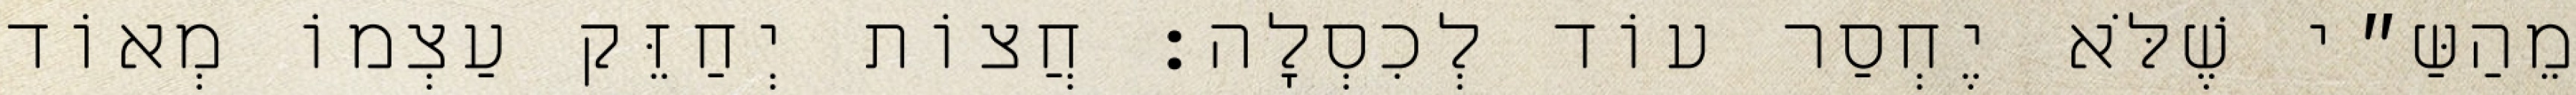
מֵהַשַּ״י שֶׁלֹּא יֶחְסַר עוֹד לְכִסְלָה: חֲצוֹת יְחַזֵּק עַצְמוֹ מְאוֹד